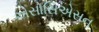
એસોસિએસન